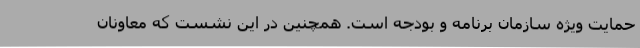
حمایت ویژه سازمان برنامه و بودجه است. همچنین در این نشست که معاونان